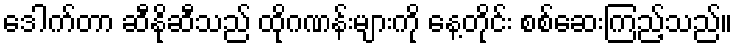
ဒေါက်တာ ဆီနိုဆီသည် ထိုဂဏန်းများကို နေ့တိုင်း စစ်ဆေးကြည့်သည်။